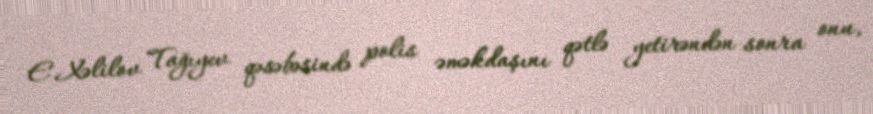
E.Xəlilov Tağıyev qəsəbəsində polis əməkdaşını qətlə yetirəndən sonra onu,